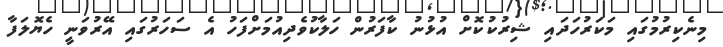
މިނެކިރުމުގައި މަކަރުހަދައި ޝިރުކުކޮށް އުޅުނު ކާފަރުން ހަލާކުވެދިއުމަށްފަހު އެ ސަހަރުގައި އޭރުވަނީ ހެޔޮލަފާ